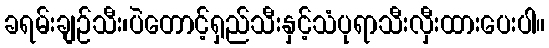
ခရမ်းချဉ်သီး၊ပဲတောင့်ရှည်သီးနှင့်သံပုရာသီးလှီးထားပေးပါ။